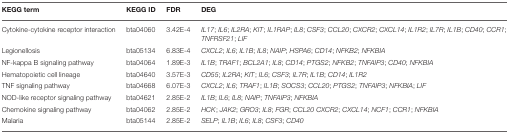
<table><thead><tr><td><b>KEGG term</b></td><td><b>KEGG ID</b></td><td><b>FDR</b></td><td><b>DEG</b></td></tr></thead><tbody><tr><td>Cytokine-cytokine receptor interaction</td><td>bta04060</td><td>3.42E-4</td><td><i>IL17</i>; <i>IL6</i>; <i>IL2RA</i>; <i>KIT</i>; <i>IL1RAP</i>; <i>IL8</i>; <i>CSF3</i>; <i>CCL20</i>; <i>CXCR2</i>; <i>CXCL14</i>; <i>IL1R2</i>; <i>IL7R</i>; <i>IL1B</i>; <i>CD40</i>; <i>CCR1</i>; <i>TNFRSF21</i>; <i>LIF</i></td></tr><tr><td>Legionellosis</td><td>bta05134</td><td>6.83E-4</td><td><i>CXCL2</i>; <i>IL6</i>; <i>IL1B</i>; <i>IL8</i>; <i>NAIP</i>; <i>HSPA6</i>; <i>CD14</i>; <i>NFKB2</i>; <i>NFKBIA</i></td></tr><tr><td>NF-kappa B signaling pathway</td><td>bta04064</td><td>1.89E-3</td><td><i>IL1B</i>; <i>TRAF1</i>; <i>BCL2A1</i>; <i>IL8</i>; <i>CD14</i>; <i>PTGS2</i>; <i>NFKB2</i>; <i>TNFAIP3</i>; <i>CD40</i>; <i>NFKBIA</i></td></tr><tr><td>Hematopoietic cell lineage</td><td>bta04640</td><td>3.57E-3</td><td><i>CD55</i>; <i>IL2RA</i>; <i>KIT</i>; <i>IL6</i>; <i>CSF3</i>; <i>IL7R</i>; <i>IL1B</i>; <i>CD14</i>; <i>IL1R2</i></td></tr><tr><td>TNF signaling pathway</td><td>bta04668</td><td>6.07E-3</td><td><i>CXCL2</i>; <i>IL6</i>; <i>TRAF1</i>; <i>IL1B</i>; <i>SOCS3</i>; <i>CCL20</i>; <i>PTGS2</i>; <i>TNFAIP3</i>; <i>NFKBIA</i>; <i>LIF</i></td></tr><tr><td>NOD-like receptor signaling pathway</td><td>bta04621</td><td>2.85E-2</td><td><i>IL1B</i>; <i>IL6</i>; <i>IL8</i>; <i>NAIP</i>; <i>TNFAIP3</i>; <i>NFKBIA</i></td></tr><tr><td>Chemokine signaling pathway</td><td>bta04062</td><td>2.85E-2</td><td><i>HCK</i>; <i>JAK2</i>; <i>GRO3</i>; <i>IL8</i>; <i>FGR</i>; <i>CCL20 CXCR2</i>; <i>CXCL14</i>; <i>NCF1</i>; <i>CCR1</i>; <i>NFKBIA</i></td></tr><tr><td>Malaria</td><td>bta05144</td><td>2.85E-2</td><td><i>SELP</i>; <i>IL1B</i>; <i>IL6</i>; <i>IL8</i>; <i>CSF3</i>; <i>CD40</i></td></tr></tbody></table>